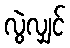
လွဲလျှင်